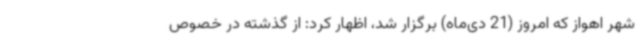
شهر اهواز که امروز (21 دی‌ماه) برگزار شد، اظهار کرد: از گذشته در خصوص